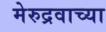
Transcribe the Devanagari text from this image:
मेरुद्रवाच्या